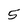
Character: 5